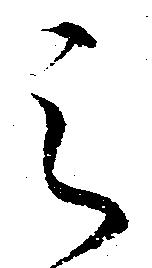
之